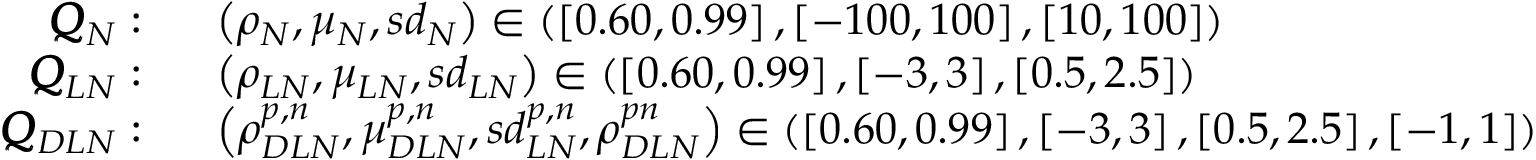
\begin{array} { r l } { \pmb { Q } _ { N } : } & { \ \ \left( \rho _ { N } , \mu _ { N } , s d _ { N } \right) \in \left( \left[ 0 . 6 0 , 0 . 9 9 \right] , \left[ - 1 0 0 , 1 0 0 \right] , \left[ 1 0 , 1 0 0 \right] \right) } \\ { \pmb { Q } _ { L N } : } & { \ \ \left( \rho _ { L N } , \mu _ { L N } , s d _ { L N } \right) \in \left( \left[ 0 . 6 0 , 0 . 9 9 \right] , \left[ - 3 , 3 \right] , \left[ 0 . 5 , 2 . 5 \right] \right) } \\ { \pmb { Q } _ { D L N } : } & { \ \ \left( \rho _ { D L N } ^ { p , n } , \mu _ { D L N } ^ { p , n } , s d _ { L N } ^ { p , n } , \rho _ { D L N } ^ { p n } \right) \in \left( \left[ 0 . 6 0 , 0 . 9 9 \right] , \left[ - 3 , 3 \right] , \left[ 0 . 5 , 2 . 5 \right] , \left[ - 1 , 1 \right] \right) } \end{array}